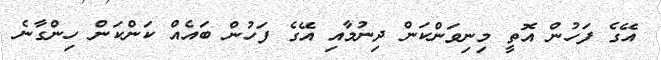
އޭގެ ފަހުން އޮތީ މިނިވަންކަން ދިނުމާއި އޭގެ ފަހުން ބައެއް ކަންކަން ހިންގާނެ